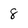
Character: 8